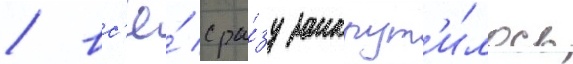
/ вс'ё́ сра́зу закрут'и́лось